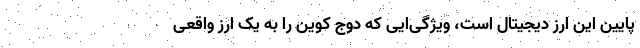
پایین این ارز دیجیتال است، ویژگی‌ایی که دوج کوین را به یک ارز واقعی